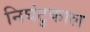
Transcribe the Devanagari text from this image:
निघंटुकाल